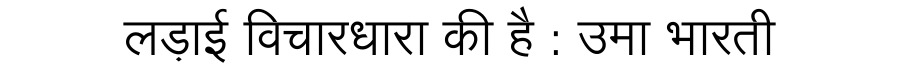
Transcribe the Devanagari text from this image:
लड़ाई विचारधारा की है : उमा भारती